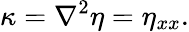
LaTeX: \kappa=\nabla^{2}\eta=\eta_{xx}.